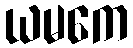
ယမကေ